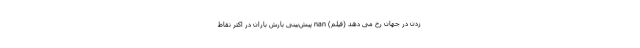
زدن در جهان رخ می دهد (فیلم) nan پیش‌بینی بارش باران در اکثر نقاط